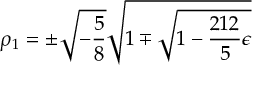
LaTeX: \rho _ { 1 } = \pm \sqrt { - \frac { 5 } { 8 \L } } \sqrt { 1 \mp \sqrt { 1 - \frac { 2 1 2 } { 5 } \L \epsilon } }